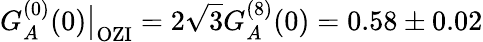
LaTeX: G_{A}^{(0)}(0)\big|_{\mathrm{OZI}}=2\sqrt 3G_{A}^{(8)}(0)=0.58\pm 0.02